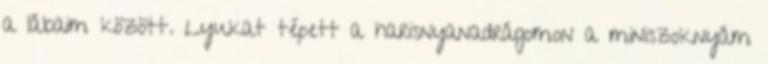
a lábaim között. Lyukat tépett a harisnyanadrágomon a miniszoknyám